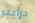
درايبر